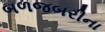
બળજબરીના